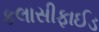
કલાસીફાઈડ